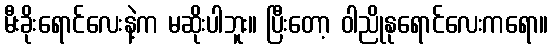
မီးခိုးရောင်လေးနဲ့က မဆိုးပါဘူး။ ပြီးတော့ ဝါညိုနုရောင်လေးကရော။